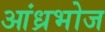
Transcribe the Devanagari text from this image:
आंध्रभोज